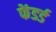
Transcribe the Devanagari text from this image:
फेंडर्ड